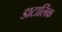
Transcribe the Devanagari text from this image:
डाटालिंक